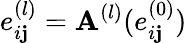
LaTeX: e_{i\mathbf{j}}^{(l)}=\mathbf{A}^{(l)}(e_{i\mathbf{j}}^{(0)})